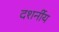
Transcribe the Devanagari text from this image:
दशर्नीय